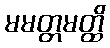
မမတ္တမတ္ထိ